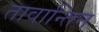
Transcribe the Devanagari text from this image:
तावान्तिन